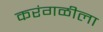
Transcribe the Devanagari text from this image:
करंगळीला